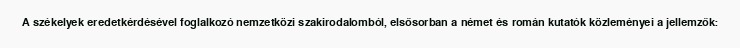
A székelyek eredetkérdésével foglalkozó nemzetközi szakirodalomból, elsősorban a német és román kutatók közleményei a jellemzők: